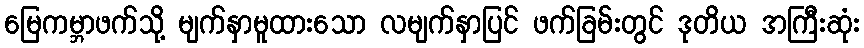
မြေကမ္ဘာဖက်သို့ မျက်နှာမူထားသော လမျက်နှာပြင် ဖက်ခြမ်းတွင် ဒုတိယ အကြီးဆုံး